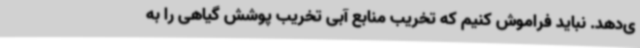
ی‌دهد. نباید فراموش کنیم که تخریب منابع آبی تخریب پوشش گیاهی را به